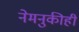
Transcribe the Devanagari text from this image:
नेमनुकीही